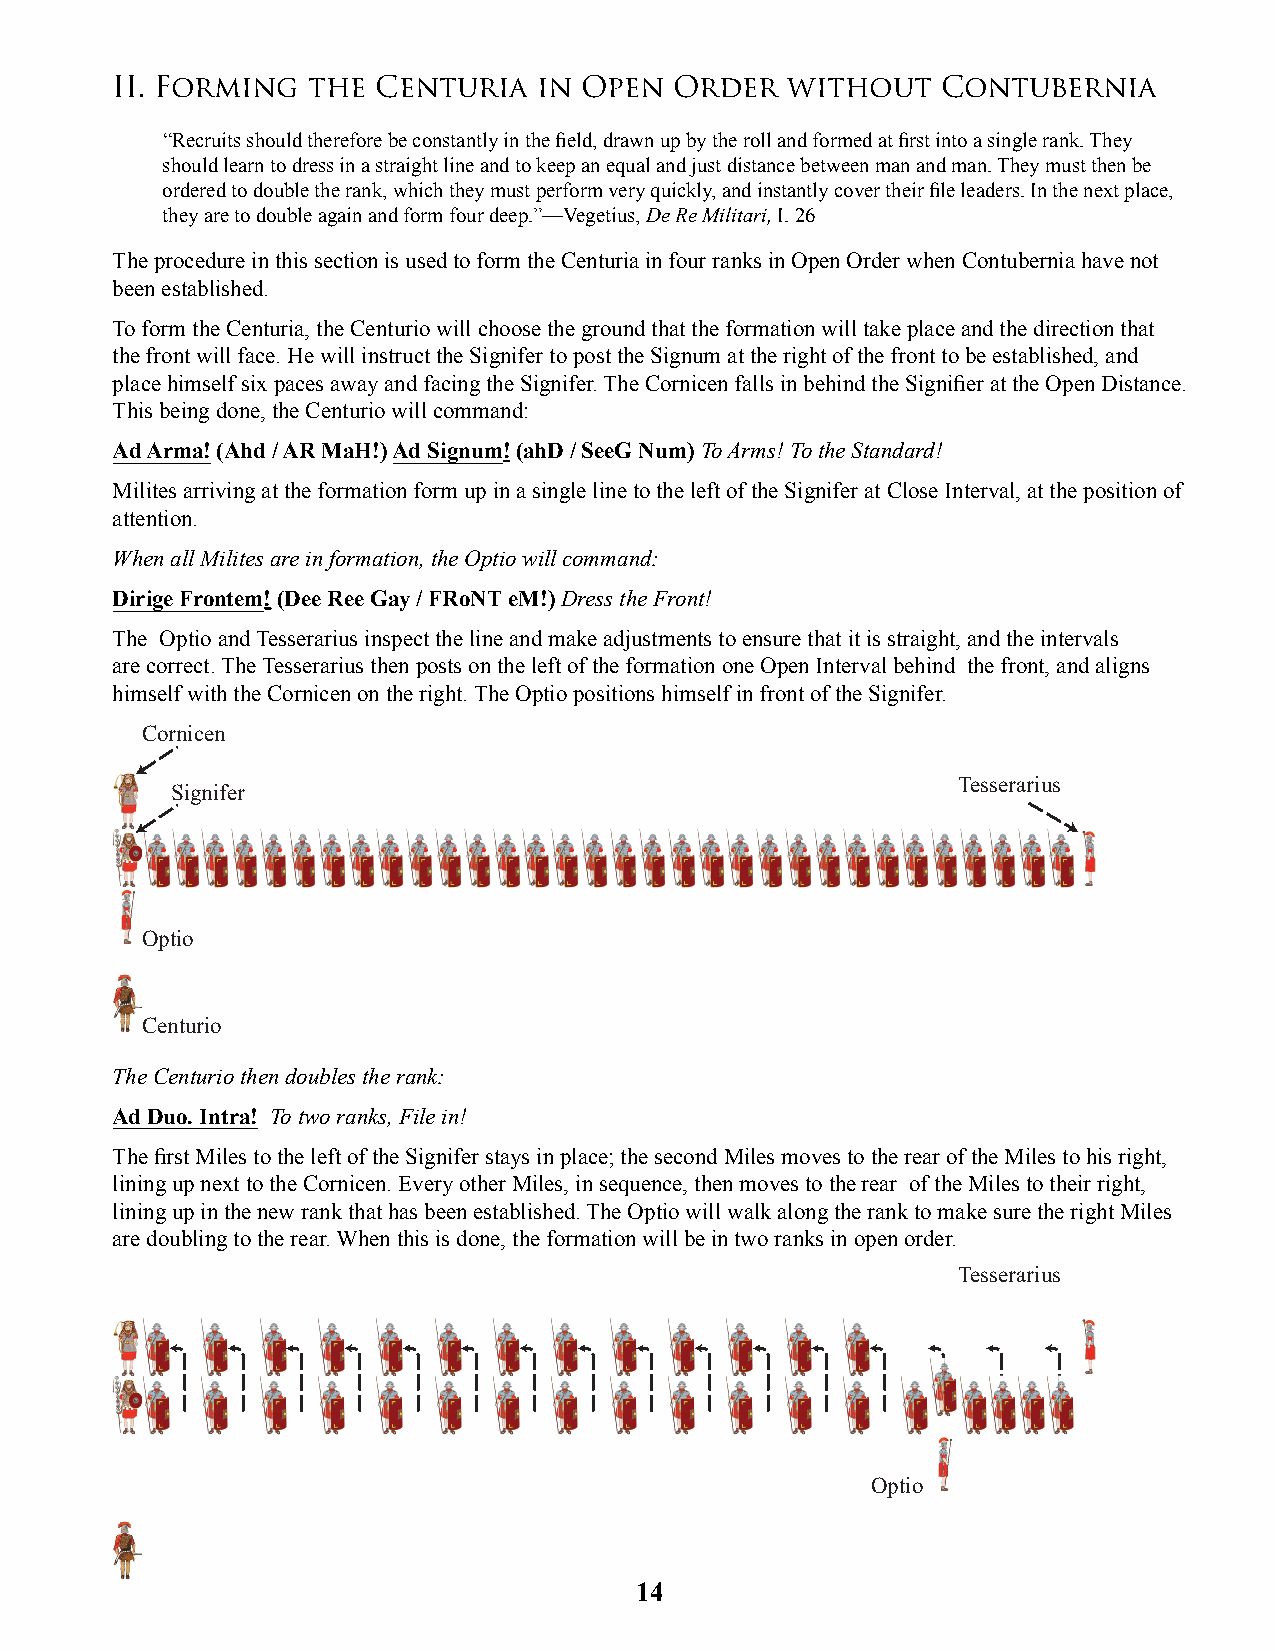
II. Forming  the  Centuria   in Open  Order  without   Contubernia
 “Recruits should therefore be constantly in the fi eld, drawn up by the roll and formed at fi rst into a single rank. They
 should learn to dress in a straight line and to keep an equal and just distance between man and man. They must then be
 ordered to double the rank, which they must perform very quickly, and instantly cover their fi le leaders. In the next place,
 they are to double again and form four deep.”—Vegetius, De Re Militari, I. 26
 The procedure in this section is used to form the Centuria in four ranks in Open Order when Contubernia have not
 been established.
 To form the Centuria, the Centurio will choose the ground that the formation will take place and the direction that
 the front will face. He will instruct the Signifer to post the Signum at the right of the front to be established, and
 place himself six paces away and facing the Signifer. The Cornicen falls in behind the Signifi er at the Open Distance.
 This being done, the Centurio will command:
 Ad Arma! (Ahd / AR MaH!) Ad Signum! (ahD / SeeG Num) To Arms! To the Standard!
 Milites arriving at the formation form up in a single line to the left of the Signifer at Close Interval, at the position of
 attention.
 When all Milites are in formation, the Optio will command:
 Dirige Frontem! (Dee Ree Gay / FRoNT eM!) Dress the Front!
 The Optio and Tesserarius inspect the line and make adjustments to ensure that it is straight, and the intervals
 are correct. The Tesserarius then posts on the left of the formation one Open Interval behind the front, and aligns
 himself with the Cornicen on the right. The Optio positions himself in front of the Signifer.
 Cornicen
 Tesserarius
 Signifer
 Optio
 Centurio
 The Centurio then doubles the rank:
 Ad Duo. Intra! To two ranks, File in!
 The fi rst Miles to the left of the Signifer stays in place; the second Miles moves to the rear of the Miles to his right,
 lining up next to the Cornicen. Every other Miles, in sequence, then moves to the rear of the Miles to their right,
 lining up in the new rank that has been established. The Optio will walk along the rank to make sure the right Miles
 are doubling to the rear. When this is done, the formation will be in two ranks in open order.
 Tesserarius
 Optio
 14